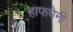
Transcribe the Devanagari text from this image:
हाफपेनी